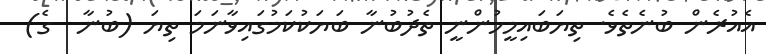
އެއުރެން ބުނެތެވެ. ތިޔަބައިމީހުންނީ ތެދުބުނާ ބަޔަކުކަމުގައިވާނަމަ ތިޔަ (ބުނާ  ގެ)